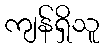
ကျန်ရှိသူ